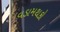
વડામથકો